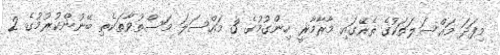
މިފަދަ މައްސަލަތަކުގެ ތެރޭގައި މާރާމާރީ ހިންގުމުގެ 3 މައްސަލަ މަސްތުވާތަކެތި ބޭނުންކުރުމުގެ 2